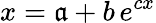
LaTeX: x=\mathfrak{a}+b\, e^{cx}